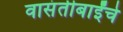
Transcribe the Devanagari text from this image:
वासंतीबाईंचे